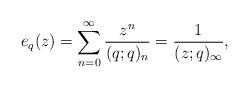
LaTeX: \begin{align*}e_q(z)=\sum^\infty_{n=0}\frac{z^n}{(q;q)_n}=\frac{1}{(z;q)_\infty},\end{align*}